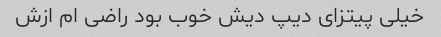
خیلی پیتزای دیپ دیش خوب بود راضی ام ازش